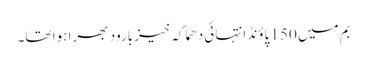
بم میں 150 پاؤنڈ انتہائی دھماکہ خیزبارود بھرا ہوا تھا۔